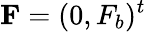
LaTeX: \mathbf{F}=(0,F_{b})^{t}